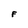
Character: F